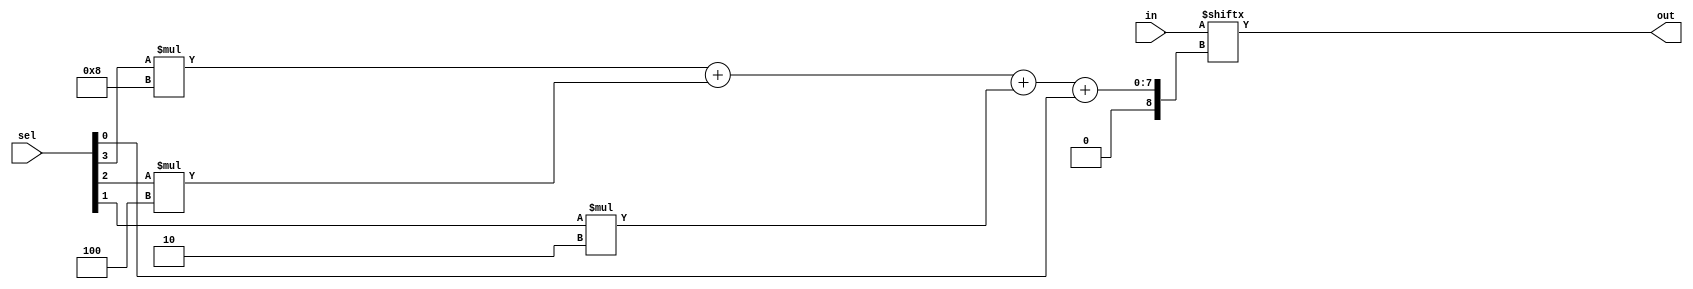
module Mux16 (in, sel, out);

	input [15:0] in;
	input [3:0] sel;
	output out;

	assign out = in[(sel[3]*8)+(sel[2]*4)+(sel[1] * 2) + sel[0]];
endmodule